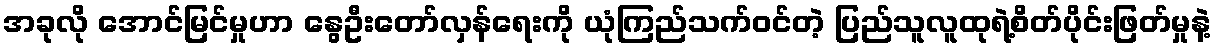
အခုလို အောင်မြင်မှုဟာ နွေဦးတော်လှန်ရေးကို ယုံကြည်သက်ဝင်တဲ့ ပြည်သူလူထုရဲ့စိတ်ပိုင်းဖြတ်မှုနဲ့